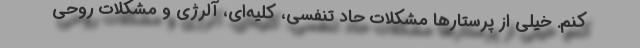
کنم. خیلی از پرستارها مشکلات حاد تنفسی، کلیه‌ای، آلرژی و مشکلات روحی